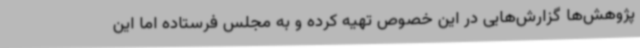
پژوهش‌ها گزارش‌هایی در این خصوص تهیه کرده و به مجلس فرستاده اما این